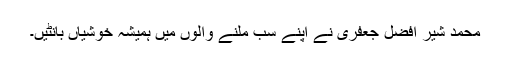
محمد شیر افضل جعفری نے اپنے سب ملنے والوں میں ہمیشہ خوشیاں بانٹیں۔